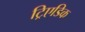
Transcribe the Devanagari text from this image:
ट्रिएडिक